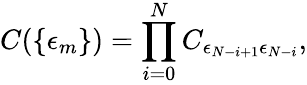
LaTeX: C(\{ \epsilon_{m}\} )=\prod_{i=0}^{N}C_{\epsilon_{N-i+1}\epsilon_{N-i}},